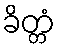
ခိတ္တံ